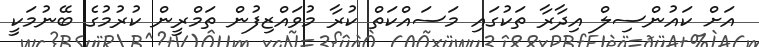
އަށް ކައުންސިލް އިދާރާ ތަކުގައި މަސައްކަތް ކުރާ މުވައްޒިފުން ތަމްރީން ކުރުމުގެ ބޭނުމަކީ